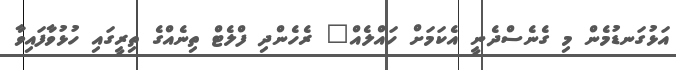
އަޅުގަނޑުމެން މި ގެނެސްދެނީ އެކަމަށް ހައްލެއް" ރެހެންދި ފްލެޓް ތިނެއްގެ ތިރީގައި ހުޅުވާފައިވާ